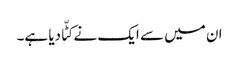
ان میں سے ایک نے کٹّا دیا ہے۔